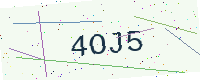
Text: 4OJ5